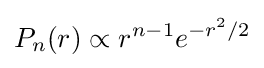
P_{n}(r)\propto r^{n-1}e^{-r^{2}/2}